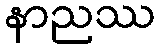
နာညဿ